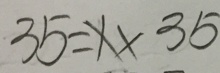
3 5 = x \times 3 5